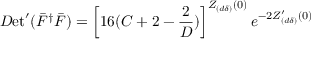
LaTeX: { \cal D } \mathrm { e t } ^ { \prime } ( \bar { F } ^ { \dag } \bar { F } ) = \left[ 1 6 ( C + 2 - \frac { 2 } { D } ) \right] ^ { Z _ { ( d \delta ) } ( 0 ) } e ^ { - 2 Z _ { ( d \delta ) } ^ { \prime } ( 0 ) }